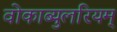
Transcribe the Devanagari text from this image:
वोकाब्युलरियम्